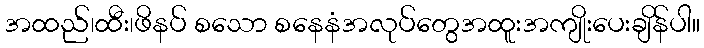
အထည်၊ထီး၊ဖိနပ် စသော စနေနံအလုပ်တွေအထူးအကျိုးပေးချိန်ပါ။